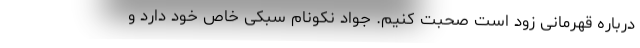
درباره قهرمانی زود است صحبت کنیم. جواد نکونام سبکی خاص خود دارد و